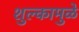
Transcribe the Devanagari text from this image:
शुल्कामुळे